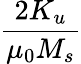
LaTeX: \frac{2K_{u}}{\mu_{0}M_{s}}